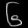
Digit: ၆